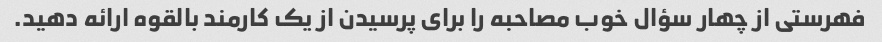
فهرستی از چهار سؤال خوب مصاحبه را برای پرسیدن از یک کارمند بالقوه ارائه دهید.